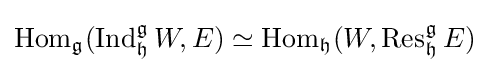
\operatorname {Hom} _{\mathfrak {g}}(\operatorname {Ind} _{\mathfrak {h}}^{\mathfrak {g}}W,E)\simeq \operatorname {Hom} _{\mathfrak {h}}(W,\operatorname {Res} _{\mathfrak {h}}^{\mathfrak {g}}E)